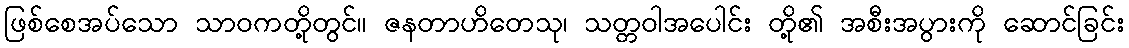
ဖြစ်စေအပ်သော သာဝကတို့တွင်။ ဇနတာဟိတေသု၊ သတ္တဝါအပေါင်း တို့၏ အစီးအပွားကို ဆောင်ခြင်း